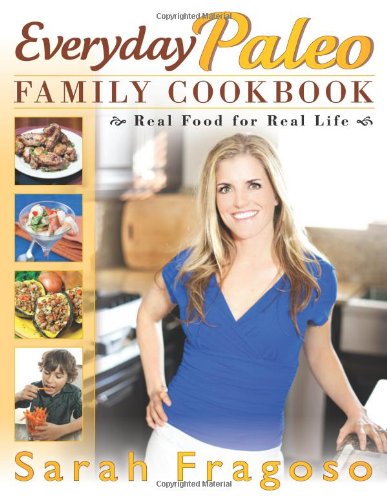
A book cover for Everyday Paleo Family Cookbook: Real Food for Real Life; Sarah Fragoso; Cookbooks, Food & Wine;